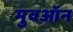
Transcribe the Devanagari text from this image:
मुवऑन